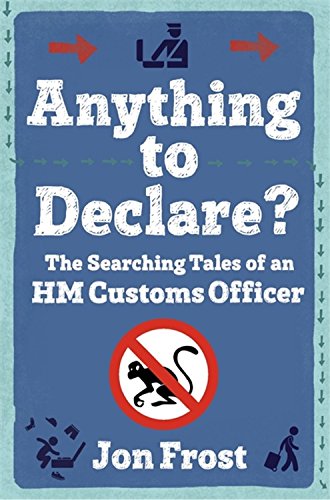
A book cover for Anything to Declare?: The Searching Tales of an HM Customs Officer; Jon Frost; Law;